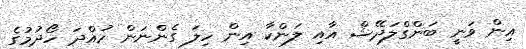
އިން ވަނީ ބަންގްލަދޭޝް އާއި ލަންކާ އިން ހިލަ ގެންނަން ހުއްދަ ހޯދުމުގެ